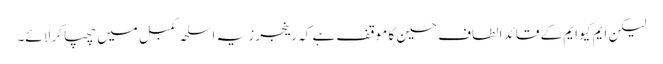
لیکن ایم کیو ایم کے قائد الطاف حسین کا موقف ہے کہ رینجرز یہ اسلحہ کمبل میں چھپا کر لائے۔